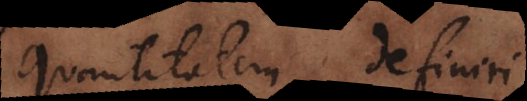
quantitatem definiri